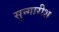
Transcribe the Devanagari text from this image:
सुन्गारीश